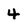
Character: 4